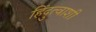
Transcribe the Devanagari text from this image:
हिंदुत्वाशी